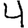
Digit: 4